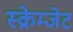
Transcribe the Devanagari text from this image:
स्क्रेम्जेट